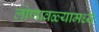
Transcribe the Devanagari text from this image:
लोणावळ्यामध्ये